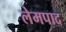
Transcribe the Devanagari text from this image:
लेमपाद